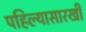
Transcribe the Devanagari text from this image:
पहिल्यासारखी